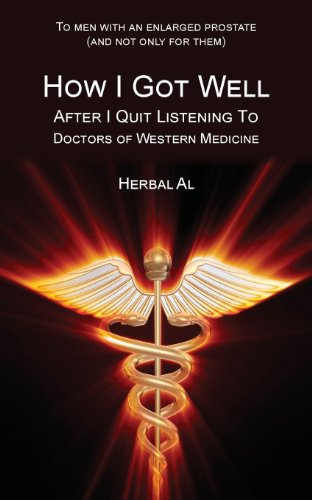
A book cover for To Men with an Enlarged Prostate (and Not Only for Them): How I Got Well After I Quit Listening to Doctors of Western Medicine; Herbal Al; Health, Fitness & Dieting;